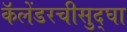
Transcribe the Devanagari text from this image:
कॅलेंडरचीसुद्घा